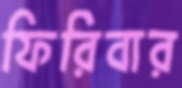
ফিরিবার